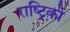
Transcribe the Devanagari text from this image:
राष्ट्रिकों